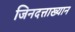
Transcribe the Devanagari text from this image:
जिनदत्ताख्यान